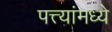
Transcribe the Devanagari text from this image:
पत्त्यांमध्ये